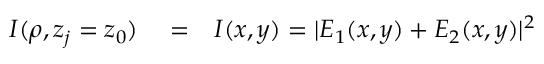
\begin{array} { r l r } { I ( \rho , z _ { j } = z _ { 0 } ) } & { { } = } & { I ( x , y ) = | E _ { 1 } ( x , y ) + E _ { 2 } ( x , y ) | ^ { 2 } } \end{array}